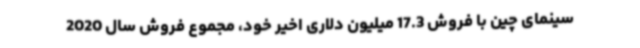
سینمای چین با فروش 17.3 میلیون دلاری اخیر خود، مجموع فروش سال 2020